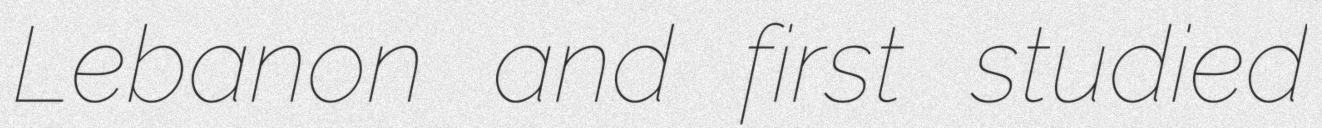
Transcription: Lebanon and first studied